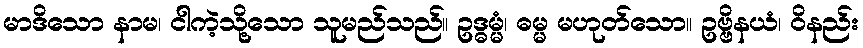
မာဒိသော နာမ၊ ငါကဲ့သို့သော သူမည်သည်။ ဥဒ္ဓမ္မံ၊ ဓမ္မ မဟုတ်သော။ ဥဗ္ဗိနယံ၊ ဝိနည်း